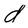
Character: d